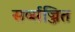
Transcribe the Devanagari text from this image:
सर्व्सज्जित